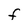
Character: F